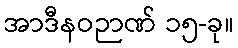
အာဒီနဝဉာဏ် ၁၅-ခု။